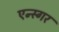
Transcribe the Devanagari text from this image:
एन्स्गर